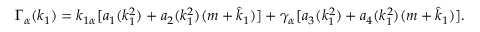
\Gamma _ { \alpha } ( k _ { 1 } ) = k _ { 1 \alpha } [ a _ { 1 } ( k _ { 1 } ^ { 2 } ) + a _ { 2 } ( k _ { 1 } ^ { 2 } ) ( m + \hat { k } _ { 1 } ) ] + \gamma _ { \alpha } [ a _ { 3 } ( k _ { 1 } ^ { 2 } ) + a _ { 4 } ( k _ { 1 } ^ { 2 } ) ( m + \hat { k } _ { 1 } ) ] .